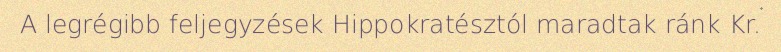
A legrégibb feljegyzések Hippokratésztól maradtak ránk Kr.